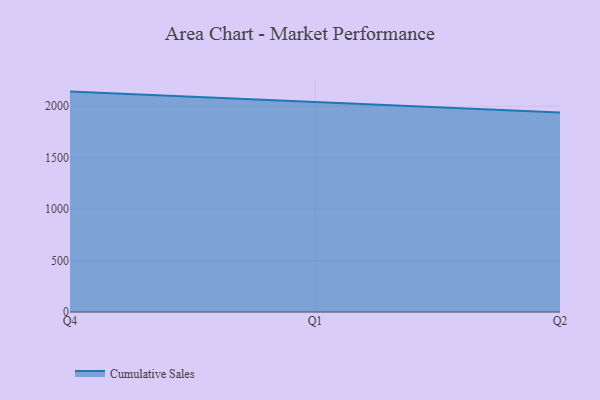
{"axis": {"x": "Quarter", "y": "Backlog"}, "legend": ["Cumulative Sales"], "data": [{"x": "Q4", "y": 2141.6, "type": "Cumulative Sales"}, {"x": "Q1", "y": 2041.9, "type": "Cumulative Sales"}, {"x": "Q2", "y": 1938.5, "type": "Cumulative Sales"}]}